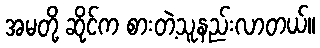
အမတို့ ဆိုင်က စားတဲ့သူနည်းလာတယ်။